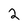
Character: 2